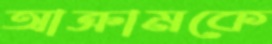
আক্রামকে